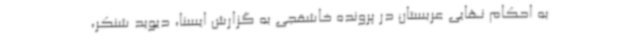
به احکام نهایی عربستان در پرونده خاشقجی به گزارش ایسنا، دیوید شنکر،